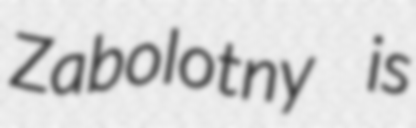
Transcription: Zabolotny is